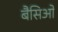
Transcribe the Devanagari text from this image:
बैसिओ